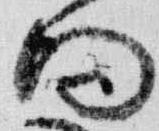
向